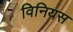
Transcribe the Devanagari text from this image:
विनियस